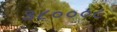
૩૮૦૦૦૯